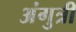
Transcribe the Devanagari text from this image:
अंगुत्री